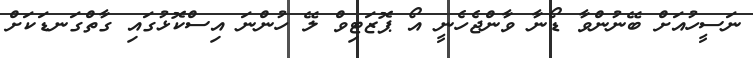
ނަސީހުއަށް ބޭނުންވާ ޑޯނާ ވާންޖެހެނީ އޯ ޕޮޒަޓިވް ލޭ ހުންނަ އިސްކޮޅުގައި ގާތްގަނޑަކަށް